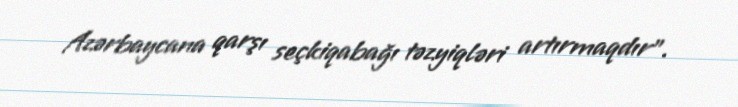
Azərbaycana qarşı seçkiqabağı təzyiqləri artırmaqdır".